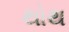
થોથ